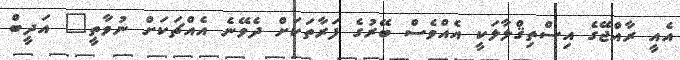
އެއީ ރާއްޖޭގެ އިސްތިޤްލާލަކީ އެއްވެސް ބޭރުގެ ފަރާތަކަށް ދެވޭނެ އެއްޗަކަށް ނުވާތީ" އަދީބް